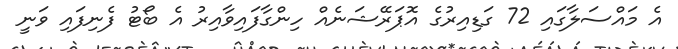
އެ މައްސަލާގައި 72 ގަޑިއިރުގެ އޮޕަރޭޝަނެއް ހިންގާފައިވާއިރު އެ ބޯޓު ފެނިފައި ވަނީ